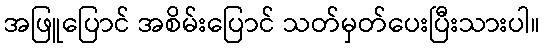
အဖြူပြောင် အစိမ်းပြောင် သတ်မှတ်ပေးပြီးသားပါ။